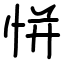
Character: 恲